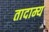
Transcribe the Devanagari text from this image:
तादाम्य